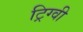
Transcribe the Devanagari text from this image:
ट्रिग्वी